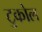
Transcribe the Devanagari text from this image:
टुकोल